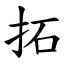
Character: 拓